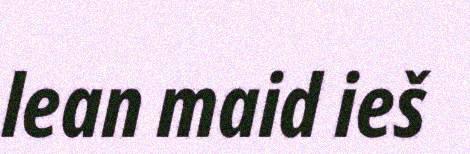
lean maid ieš